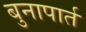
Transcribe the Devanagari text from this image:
बुनापार्त